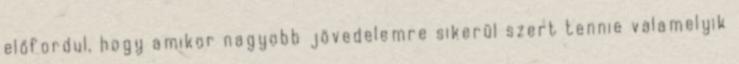
előfordul, hogy amikor nagyobb jövedelemre sikerül szert tennie valamelyik